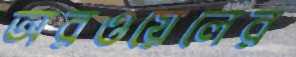
অরওয়েলের